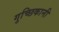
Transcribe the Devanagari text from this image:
गुच्छिकानी